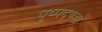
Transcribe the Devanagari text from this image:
पुष्पदण्डों